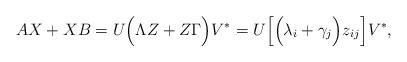
LaTeX: \begin{align*}AX+XB=U\Big{(}\Lambda Z+Z\Gamma\Big{)}V^*=U\Big{[}\Big{(}\lambda_i+\gamma_j\Big{)}z_{ij}\Big{]}V^*, \end{align*}